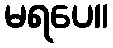
မရပေ။